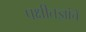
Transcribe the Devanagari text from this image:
पक्षीतज्ञांचे